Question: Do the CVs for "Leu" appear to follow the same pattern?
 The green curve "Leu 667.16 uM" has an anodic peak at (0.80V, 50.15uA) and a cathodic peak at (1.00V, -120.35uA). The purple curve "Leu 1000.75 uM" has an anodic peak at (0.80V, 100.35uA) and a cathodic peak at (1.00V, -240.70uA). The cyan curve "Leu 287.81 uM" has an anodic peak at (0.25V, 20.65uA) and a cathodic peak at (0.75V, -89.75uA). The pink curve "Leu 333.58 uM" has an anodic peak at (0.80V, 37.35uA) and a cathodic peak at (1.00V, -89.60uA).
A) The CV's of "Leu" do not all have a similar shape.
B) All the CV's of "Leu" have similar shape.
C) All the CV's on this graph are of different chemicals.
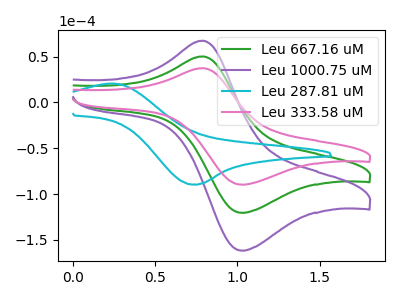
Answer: <think>All the peaks in "Leu 667.16 uM" have a peak in "Leu 1000.75 uM" at the same potential. Every peak in "Leu 667.16 uM" is lower than every peak in "Leu 1000.75 uM". "Leu 667.16 uM" and "Leu 287.81 uM" have at least one peak that do not match. All the peaks in "Leu 667.16 uM" have a peak in "Leu 333.58 uM" at the same potential. Every peak in "Leu 667.16 uM" is higher than every peak in "Leu 333.58 uM". "Leu 1000.75 uM" and "Leu 287.81 uM" have at least one peak that do not match. All the peaks in "Leu 1000.75 uM" have a peak in "Leu 333.58 uM" at the same potential. Every peak in "Leu 1000.75 uM" is higher than every peak in "Leu 333.58 uM". "Leu 287.81 uM" and "Leu 333.58 uM" have at least one peak that do not match.
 </think>
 <answer>B) All the CV's of "Leu" have similar shape.</answer>
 <eval>B</eval>